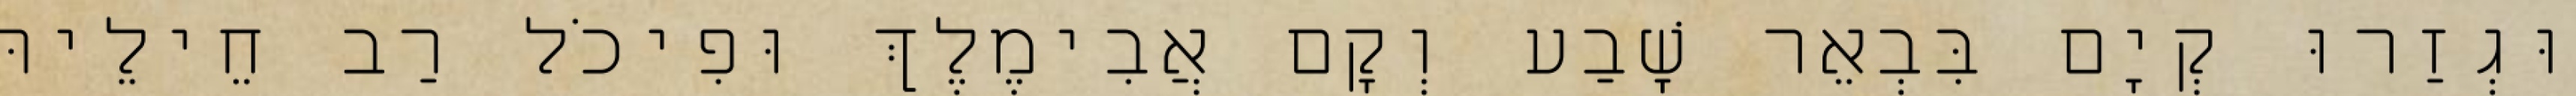
וּגְזַרוּ קְיָם בִּבְאֵר שָׁבַע וְקָם אֲבִימֶלֶךְ וּפִיכֹל רַב חֵילֵיהּ